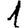
Digit: 1